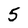
Character: 5